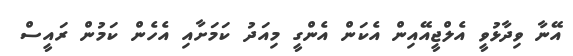
އޭނާ ވިދާޅުވީ އެލްޖީއޭއިން އެކަން އެންގީ މިއަދު ކަމަށާއި އެހެން ކަމުން ރައީސް